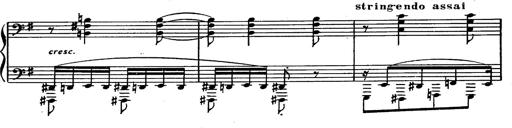
Title: Magyar rapszÃ³diÃ¡k
Composer: Franz Liszt